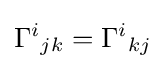
\Gamma ^{i}{}_{jk}=\Gamma ^{i}{}_{kj}